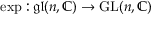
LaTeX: \exp : { \mathfrak { g l } } ( n , \mathbb { C } ) \to { \mathrm { G L } } ( n , \mathbb { C } )